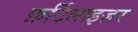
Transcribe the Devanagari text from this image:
फ़र्टिलाइज़र